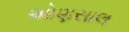
ઓણસાલ